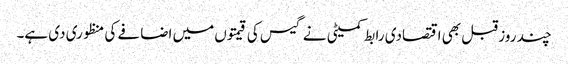
چند روز قبل بھی اقتصادی رابط کمیٹی نے گیس کی قیمتوں میں اضافے کی منظوری دی ہے۔